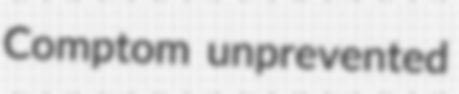
Comptom unprevented